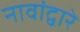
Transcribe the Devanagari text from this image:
नावांद्वारे